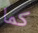
كما